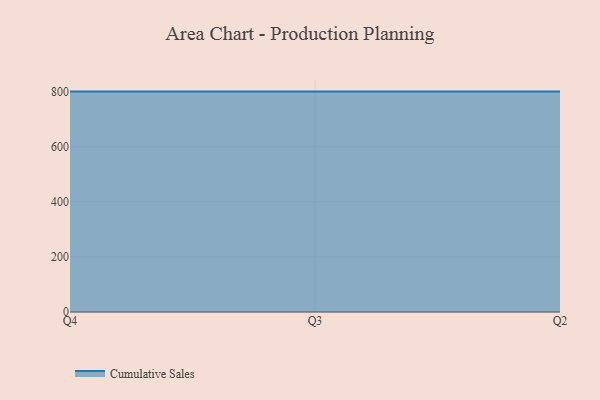
{"axis": {"x": "Quarter", "y": "Inventory Turnover"}, "legend": ["Cumulative Sales"], "data": [{"x": "Q4", "y": 800, "type": "Cumulative Sales"}, {"x": "Q3", "y": 800, "type": "Cumulative Sales"}, {"x": "Q2", "y": 800, "type": "Cumulative Sales"}]}